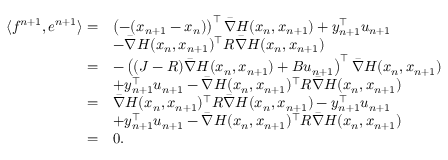
\begin{array} { r l } { \langle f ^ { n + 1 } , e ^ { n + 1 } \rangle = } & { \left( - ( x _ { n + 1 } - x _ { n } ) \right) ^ { \top } \bar { \nabla } H ( x _ { n } , x _ { n + 1 } ) + y _ { n + 1 } ^ { \top } u _ { n + 1 } } \\ & { - \bar { \nabla } H ( x _ { n } , x _ { n + 1 } ) ^ { \top } R \bar { \nabla } H ( x _ { n } , x _ { n + 1 } ) } \\ { = } & { - \left( ( J - R ) \bar { \nabla } H ( x _ { n } , x _ { n + 1 } ) + B u _ { n + 1 } \right) ^ { \top } \bar { \nabla } H ( x _ { n } , x _ { n + 1 } ) } \\ & { + y _ { n + 1 } ^ { \top } u _ { n + 1 } - \bar { \nabla } H ( x _ { n } , x _ { n + 1 } ) ^ { \top } R \bar { \nabla } H ( x _ { n } , x _ { n + 1 } ) } \\ { = } & { \bar { \nabla } H ( x _ { n } , x _ { n + 1 } ) ^ { \top } R \bar { \nabla } H ( x _ { n } , x _ { n + 1 } ) - y _ { n + 1 } ^ { \top } u _ { n + 1 } } \\ & { + y _ { n + 1 } ^ { \top } u _ { n + 1 } - \bar { \nabla } H ( x _ { n } , x _ { n + 1 } ) ^ { \top } R \bar { \nabla } H ( x _ { n } , x _ { n + 1 } ) } \\ { = } & { 0 . } \end{array}